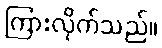
ကြားလိုက်သည်။